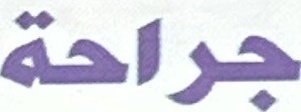
جراحة